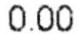
0.00